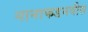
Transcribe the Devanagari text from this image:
नानाफडनवीस